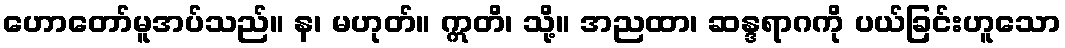
ဟောတော်မူအပ်သည်။ န၊ မဟုတ်။ ဣတိ၊ သို့။ အညထာ၊ ဆန္ဒရာဂကို ပယ်ခြင်းဟူသော